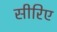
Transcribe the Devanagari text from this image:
सीरिए